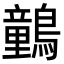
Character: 䴀